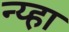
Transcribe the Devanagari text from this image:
न्य्हा